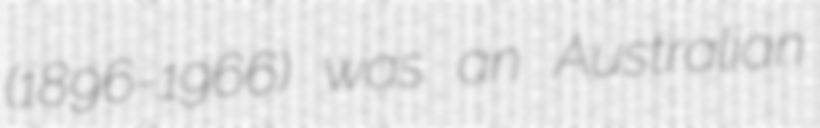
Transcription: (1896-1966) was an Australian